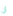
أن